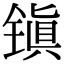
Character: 镇